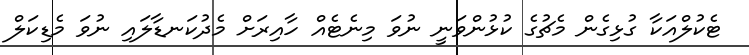
ޓެކުލްއަކާ ގުޅިގެން މެޗުގެ ކުޅުންވަނީ ނުވަ މިނެޓެއް ހާއިރަށް މެދުކަނޑާލައި ނުވަ މެޑިކަލް